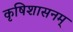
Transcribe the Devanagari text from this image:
कृषिशासनम्